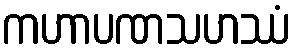
ကဟာပဏသဟဿံ